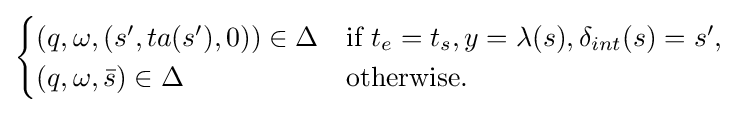
{\begin{cases}(q,\omega ,(s',ta(s'),0))\in \Delta &{\textrm {if}}~t_{e}=t_{s},y=\lambda (s),\delta _{int}(s)=s',\\(q,\omega ,{\bar {s}})\in \Delta &{\textrm {otherwise}}.\end{cases}}